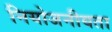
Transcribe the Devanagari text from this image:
नियोजनीयता